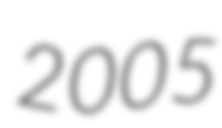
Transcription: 2005